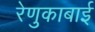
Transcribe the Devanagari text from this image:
रेणुकाबाई